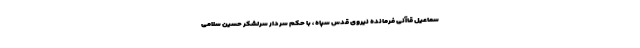
سماعیل قاآنی فرمانده نیروی قدس سپاه ، با حکم سردار سرلشکر حسین سلامی